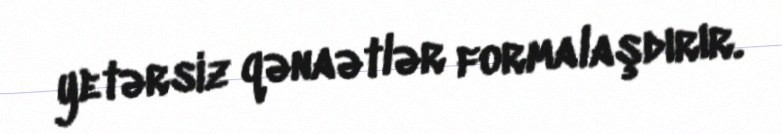
yetərsiz qənaətlər formalaşdırır.